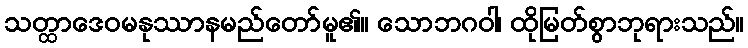
သတ္ထာဒေဝမနုဿာနမည်တော်မူ၏။ သောဘဂဝါ၊ ထိုမြတ်စွာဘုရားသည်။